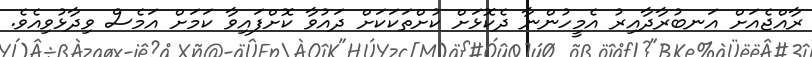
ރާއްޖެއަށް އަނބުރާދާއިރު އެމީހުންނާ ދެކޮޅަށް ކުށްތަކަކަށް ދައުވާ ކޮށްފައިވާ ކަމަށް އަމެސް ވިދާޅުވިއެވެ.